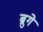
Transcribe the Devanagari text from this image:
ब्रुगे